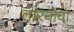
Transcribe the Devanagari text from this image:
तारनोवो